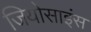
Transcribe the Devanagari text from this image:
जियोसाइंस